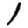
Digit: 1